Annual statistical returns and brief notes on vaccination in Bengal - 1887-1898
Year: 1887
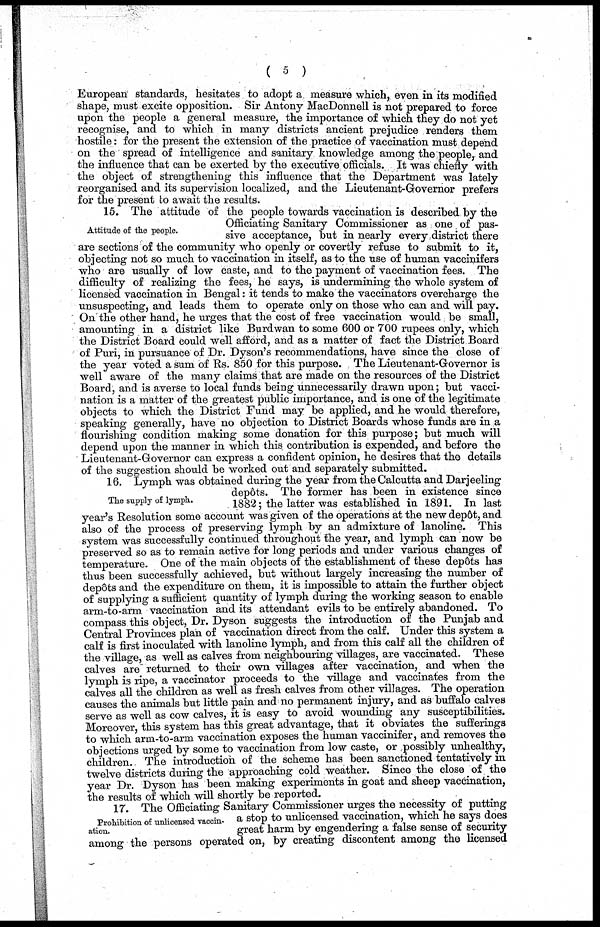
( 5 )
European standards, hesitates to adopt a measure which, even in its modified
shape, must excite opposition. Sir Antony MacDonnell is not prepared to force
upon the people a general measure, the importance of which they do not yet
recognise, and to which in many districts ancient prejudice renders them
hostile, for the present the extension of the practice of vaccination must depend
on the spread of intelligence and sanitary knowledge among the people, and
the influence that can be exerted by the executive officials. It was chiefly with
the object of strengthening this influence that the Department was lately
reorganised and its supervision localized, and the Lieutenant-Governor prefers
for the present to await the results.
Attitude of the people.
15. The attitude of the people towards vaccination is described by the
Officiating Sanitary Commissioner as one of pas-
sive acceptance, but in nearly every district there
are sections of the community who openly or covertly refuse to submit to it,
objecting not so much to vaccination in itself, as to the use of human vaccinifers
who are usually of low caste, and to the payment of vaccination fees. The
difficulty of realizing the fees, he says, is undermining the whole system of
licensed vaccination in Bengal: it tends to make the vaccinators overcharge the
unsuspecting, and leads them to operate only on those who can and will pay.
On the other hand, he urges that the cost of free vaccination would be small,
amounting in a district like Burdwan to some 600 or 700 rupees only, which
the District Board could well afford, and as a matter of fact the District Board
of Puri, in pursuance of Dr. Dyson's recommendations, have since the close of
the year voted a sum of Rs. 850 for this purpose. The Lieutenant-Governor is
well aware of the many claims that are made on the resources of the District
Board, and is averse to local funds being unnecessarily drawn upon; but vacci-
nation is a matter of the greatest public importance, and is one of the legitimate
objects to which the District Fund may be applied, and he would therefore,
speaking generally, have no objection to District Boards whose funds are in a
flourishing condition making some donation for this purpose; but much will
depend upon the manner in which this contribution is expended, and before the
Lieutenant-Governor can express a confident opinion, he desires that the details
of the suggestion should be worked out and separately submitted.
The supply of lymph.
16. Lymph was obtained during the year from the Calcutta and Darjeeling
dep6ts. The former has been in existence since
1882; the latter was established in 1891. In last
year's Resolution some account was given of the operations at the new depôt, and
also of the process of preserving lymph by an admixture of lanoline. This
system was successfully continued throughout the year, and lymph can now be
preserved so as to remain active for long periods and under various changes of
temperature. One of the main objects of the establishment of these depôts has
thus been successfully achieved, but without largely increasing the number of
depôts and the expenditure on them, it is impossible to attain the further object
of supplying a sufficient quantity of lymph during the working season to enable
arm-to-arm vaccination and its attendant evils to be entirely abandoned. To
compass this object, Dr. Dyson suggests the introduction of the Punjab and
Central Provinces plan of vaccination direct from the calf. Under this system a
calf is first inoculated with lanoline lymph, and from this calf all the children of
the village, as well as calves from neighbouring villages, are vaccinated. These
calves are returned to their own villages after vaccination, and when the
lymph is ripe, a vaccinator proceeds to the village and vaccinates from the
calves all the children as well as fresh calves from other villages. The operation
causes the animals but little pain and no permanent injury, and as buffalo calves
serve as well as cow calves, it is easy to avoid wounding any susceptibilities.
Moreover, this system has this great advantage, that it obviates the sufferings
to which arm-to-arm vaccination exposes the human vaccinifer, and removes the
objections urged by some to vaccination from low caste, or possibly unhealthy,
children. The introduction of the scheme has been sanctioned tentatively in
twelve districts during the approaching cold weather. Since the close of the
year Dr. Dyson has been making experiments in goat and sheep vaccination,
the results of which will shortly be reported.
Prohibition of unlicensed vaccin-
ation.
17. The Officiating Sanitary Commissioner urges the necessity of putting
a stop to unlicensed vaccination, which he says does
great harm by engendering a false sense of security
among the persons operated on, by creating discontent among the licensed